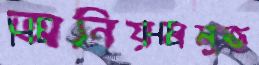
অনিয়মমুক্ত